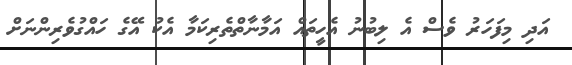
އަދި މިފަހަރު ވެސް އެ ލިބުނު އެހީތައް އަމާނާތްތެރިކަމާ އެކު އޭގެ ހައްގުވެރިންނަށް